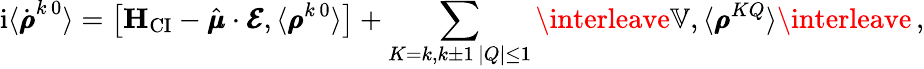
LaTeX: \mathrm{i}\langle\dot{\pmb\rho}^{k\, 0}\rangle=\left[\mathbf H_{\mathrm{CI}}-\hat{\pmb\mu}\cdot\pmb{\mathcal{E}},\langle\pmb{\rho}^{k\, 0}\rangle\right]+\sum_{\substack{K=k,k\pm 1\, |Q|\le 1}}\interleave\mathbb{V},\langle\pmb{\rho}^{KQ}\rangle\interleave\, ,